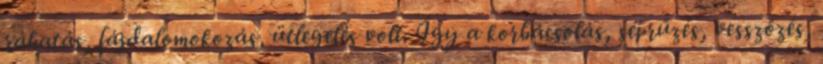
ráhatás, fájdalomokozás, ütlegelés volt. Így a korbácsolás, seprűzés, vesszőzés,